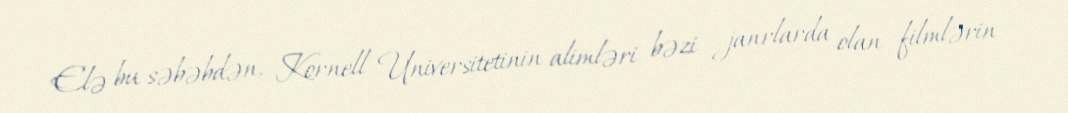
Elə bu səbəbdən, Kornell Universitetinin alimləri bəzi janrlarda olan filmlərin